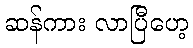
ဆန်ကား လာပြီဟေ့